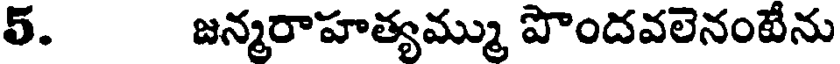
5. జన్మరాహత్యమ్ము పొందవలెనంటేను